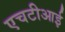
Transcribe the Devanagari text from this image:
एचटीआई